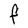
Character: F